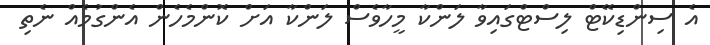
އެ ސިންޑިކޭޓް ލިސްޓްގައިވާ ލަންކާ މީހާވެސް ލަންކާ އަށް ކޮންމެހެން އެންގުމެއް ނެތި